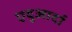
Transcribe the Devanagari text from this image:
एदुआर्दा